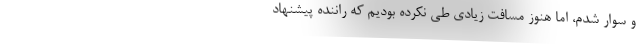
و سوار شدم، اما هنوز مسافت زیادی طی نکرده بودیم که راننده پیشنهاد